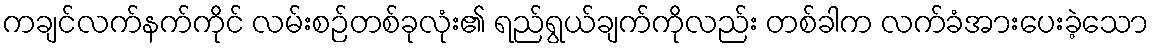
ကချင်လက်နက်ကိုင် လမ်းစဉ်တစ်ခုလုံး၏ ရည်ရွယ်ချက်ကိုလည်း တစ်ခါက လက်ခံအားပေးခဲ့သော